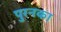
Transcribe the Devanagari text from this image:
पुरनका